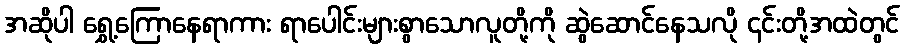
အဆိုပါ ရွှေ့ကြောနေရာကား ရာပေါင်းများစွာသောလူတို့ကို ဆွဲဆောင်နေသလို ၎င်းတို့အထဲတွင်